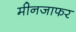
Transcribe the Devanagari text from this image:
मीनजाफर